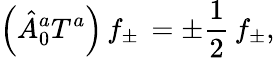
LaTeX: \left({\hat{A}}_{0}^{a}T^{a}\right)\, f_{\pm}\, =\pm\frac{1}{2}\, f_{\pm},